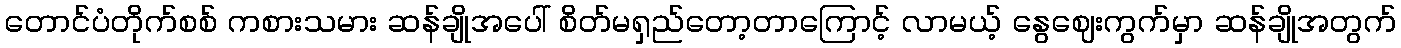
တောင်ပံတိုက်စစ် ကစားသမား ဆန်ချိုအပေါ် စိတ်မရှည်တော့တာကြောင့် လာမယ့် နွေဈေးကွက်မှာ ဆန်ချိုအတွက်